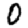
Digit: 0